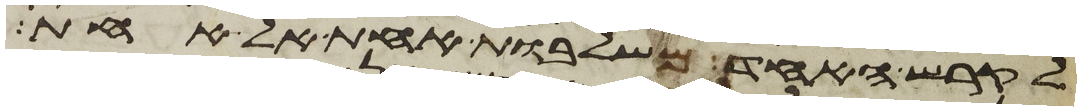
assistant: לקרש האחד משלבות אחת אל אחת